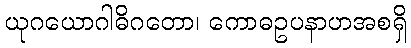
ယုဂယောဂါဓိဂတော၊ ကောဓဥပနာဟအစရှိ